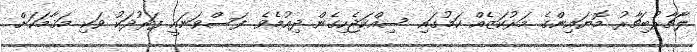
ލާޗާރުބިޗާރު މޮޔައިންގެ މަރުކަޒެއް ކަމުގައި ސިއްކަޖެހިގެން ދިއުމެވެ. ފަސްވަނައީ ފަރުދަކު ވަކި މަޤާމަކަށް